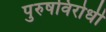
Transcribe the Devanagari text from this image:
पुरुषविरोधी